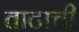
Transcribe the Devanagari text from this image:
ताटाची